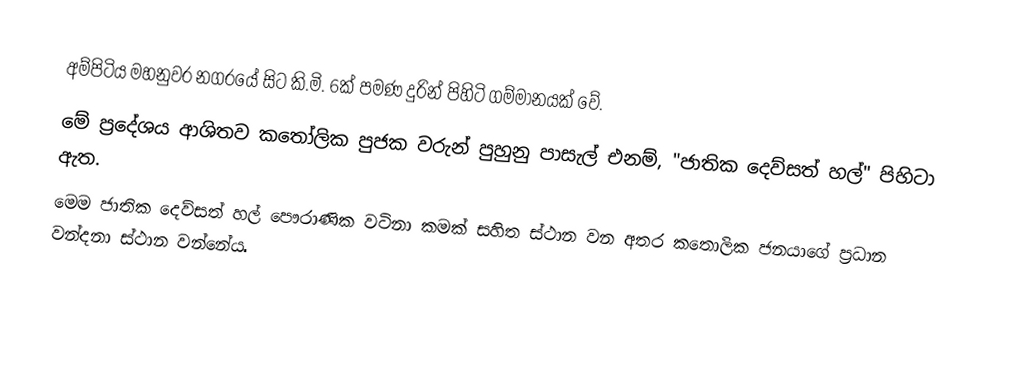
අම්පිටිය මහනුවර නගරයේ සිට කි.මි. 6ක් පමණ දුරින් පිහිටි ගම්මානයක් වේ.
මේ ප්‍රදේශය ආශිතව කතෝලික පුජක වරුන් පුහුනු පාසැල් එනම්, "ජාතික දෙව්සත් හල්" පිහිටා ඇත.
මෙම ජාතික දෙව්සත් හල් පෞරාණික වටිනා කමක් සහිත ස්ථාන වන අතර කතොලික ජනයාගේ ප්‍රධාන වන්දනා ස්ථාන වන්නේය.